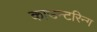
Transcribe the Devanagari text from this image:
काउन्टरिन्ग